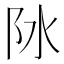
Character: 阥